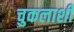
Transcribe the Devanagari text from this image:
चुकलाशी